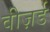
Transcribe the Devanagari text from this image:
वीज़र्ड